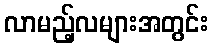
လာမည့်လများအတွင်း